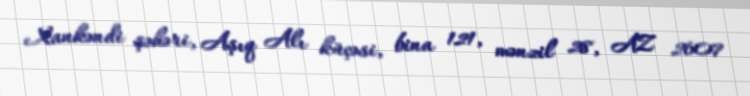
Xankəndi şəhəri, Aşıq Alı küçəsi, bina 121, mənzil 28, AZ 2607